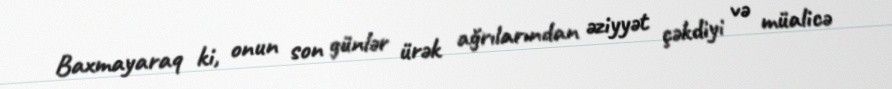
Baxmayaraq ki, onun son günlər ürək ağrılarından əziyyət çəkdiyi və müalicə